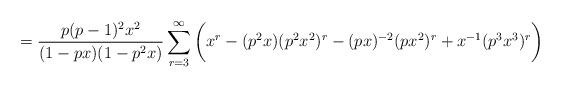
LaTeX: \begin{align*}= \frac{p(p-1)^2x^2}{(1-px)(1-p^2x)}\sum_{r=3}^{\infty}\bigg(x^r - (p^2x)(p^2x^2)^r - (px)^{-2}(px^2)^r + x^{-1}(p^3x^3)^r\bigg)\end{align*}